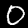
Digit: 0